Scottish Certificate of Education, 1962
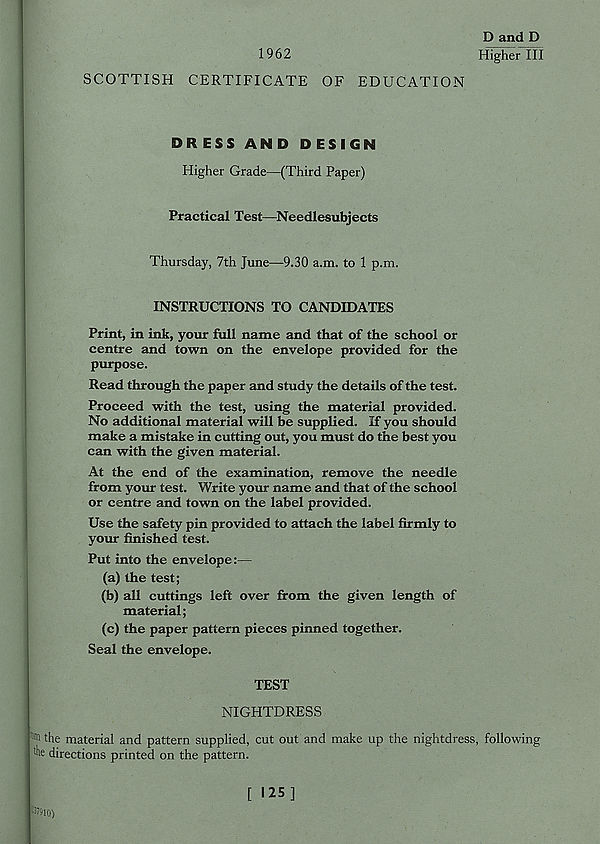
D and D
1962
Higher III
SCOTTISH CERTIFICATE OF EDUCATION
DRESS AND DESIGN
Higher Grade—(Third Paper)
Practical Test—Needlesubjects
Thursday, 7th June—9.30 a.m. to 1 p.m.
INSTRUCTIONS TO CANDIDATES
Print, in ink, your full name and that of the school or
centre and town on the envelope provided for the
purpose.
Read through the paper and study the details of the test.
Proceed with the test, using the material provided.
No additional material will be supplied. If you should
make a mistake in cutting out, you must do the best you
can with the given material.
At the end of the examination, remove the needle
from your test. Write your name and that of the school
or centre and town on the label provided.
Use the safety pin provided to attach the label firmly to
your finished test.
Put into the envelope:—
(a) the test;
(b) all cuttings left over from the given length of
material;
(c) the paper pattern pieces pinned together.
Seal the envelope.
TEST
NIGHTDRESS
' )rri the material and pattern supplied, cut out and make up the nightdress, following
Ae directions printed on the pattern.
c if910)
[ «25]